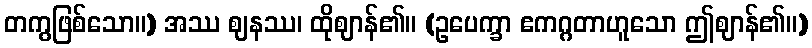
တကွဖြစ်သော။) အဿ ဈနဿ၊ ထိုဈာန်၏။ (ဥပေက္ခာ ဧကဂ္ဂတာဟူသော ဤဈာန်၏။)